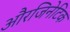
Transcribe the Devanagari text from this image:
औरजिनेटिक